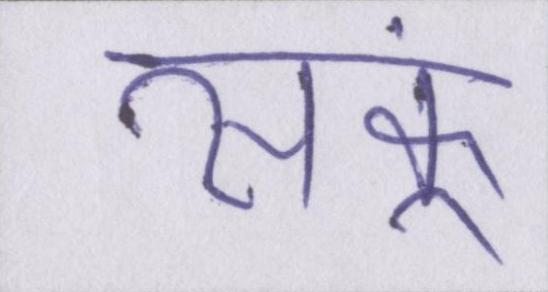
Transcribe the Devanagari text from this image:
सकूं